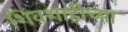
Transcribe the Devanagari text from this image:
शिवशाहीच्या